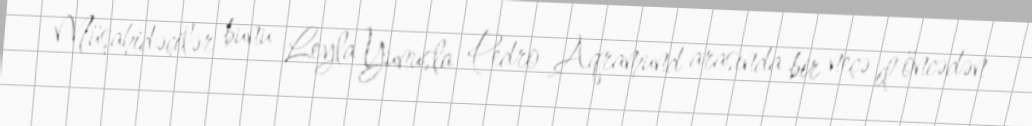
Müşahidəçilər bunu Leyla Yunusla Pedro Aqramund arasında bir neçə il öncədən